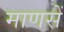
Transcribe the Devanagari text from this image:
माणसें